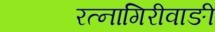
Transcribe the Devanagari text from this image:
रत्‍नागिरीवाङी